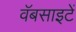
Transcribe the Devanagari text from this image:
वॅबसाइटें